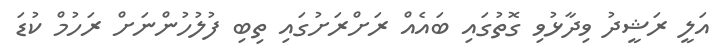
އަލީ ރަޝީދު ވިދާޅުވި ގޮތުގައި ބައެއް ރަށްރަށުގައި ތިބި ފުލުހުންނަށް ރަހުމް ކުޑަ